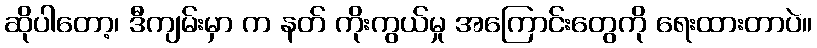
ဆိုပါတော့၊ ဒီကျမ်းမှာ က နတ် ကိုးကွယ်မှု အကြောင်းတွေကို ရေးထားတာပဲ။